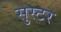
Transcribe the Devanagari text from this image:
सुस्टर